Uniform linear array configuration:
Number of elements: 48
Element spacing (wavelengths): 0.25
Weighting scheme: cosine
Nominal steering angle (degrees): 30
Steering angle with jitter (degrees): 30.91
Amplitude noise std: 0.05
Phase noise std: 0.05

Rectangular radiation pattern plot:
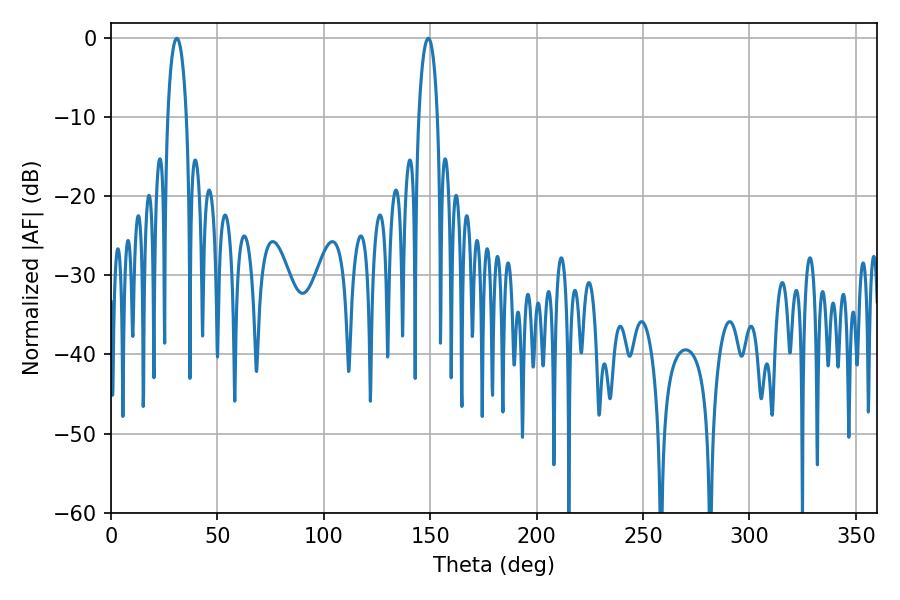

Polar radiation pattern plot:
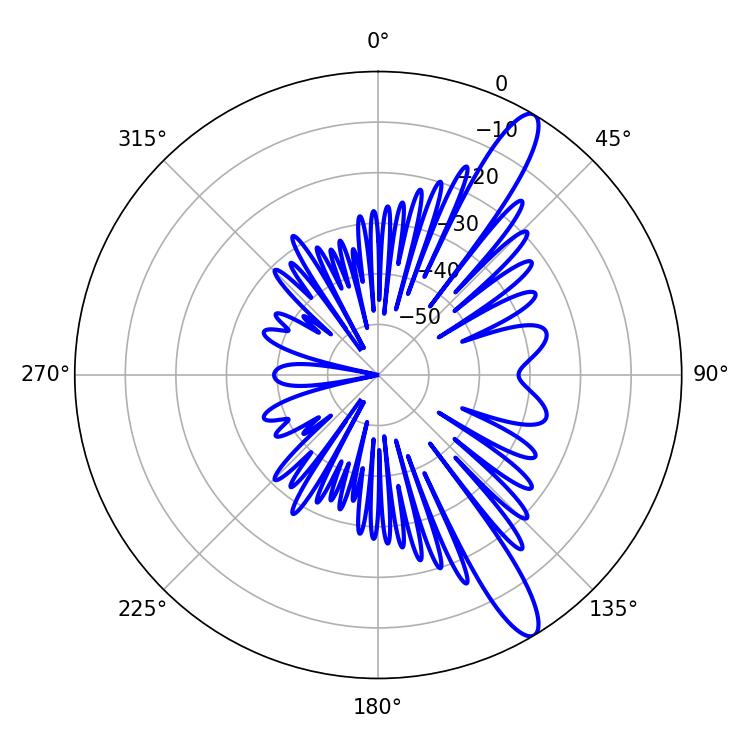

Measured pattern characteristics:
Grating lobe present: FALSE
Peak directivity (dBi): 12.961
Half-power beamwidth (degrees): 5.04
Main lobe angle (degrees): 30.96